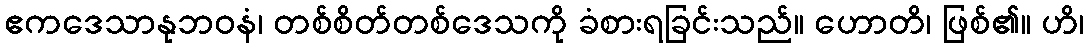
ဧကဒေသာနုဘဝနံ၊ တစ်စိတ်တစ်ဒေသကို ခံစားရခြင်းသည်။ ဟောတိ၊ ဖြစ်၏။ ဟိ၊